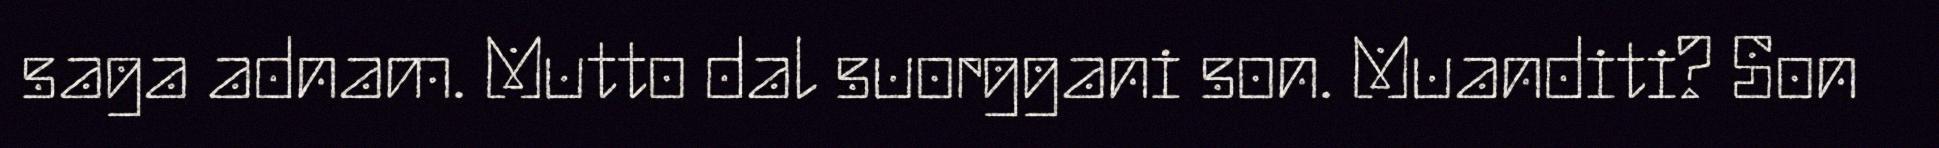
saga adnam. Mutto dal suorggani son. Muanditi? Son